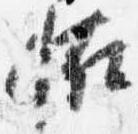
恠